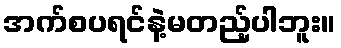
အက်စပရင်နဲ့မတည့်ပါဘူး။